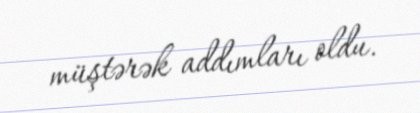
müştərək addımları oldu.